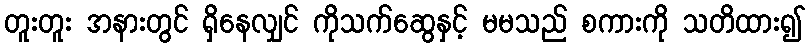
တူးတူး အနားတွင် ရှိနေလျှင် ကိုသက်ဆွေနှင့် မမသည် စကားကို သတိထား၍